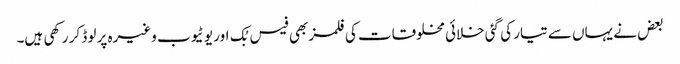
بعض نے یہاں سے تیار کی گئی خلائی مخلوقات کی فلمز بھی فیس بُک اور یو ٹیوب وغیرہ پر لوڈ کر رکھی ہیں۔